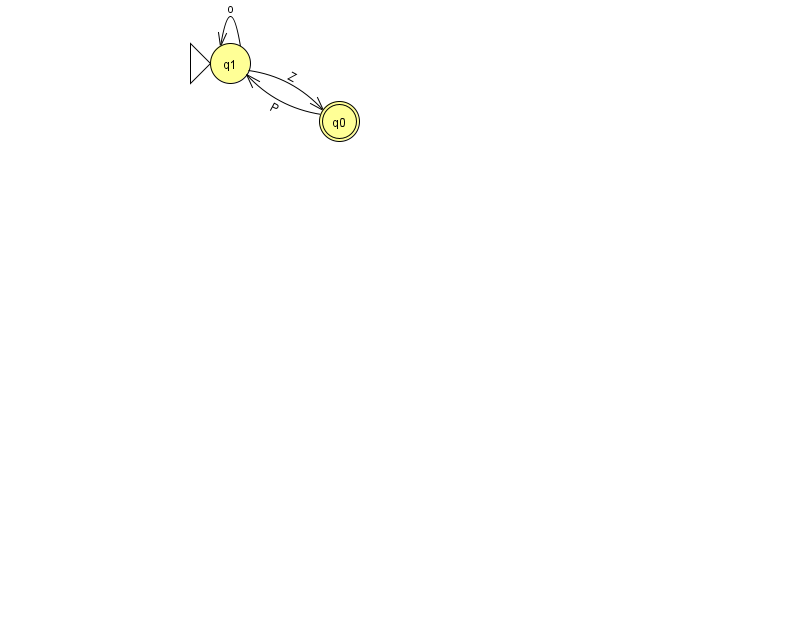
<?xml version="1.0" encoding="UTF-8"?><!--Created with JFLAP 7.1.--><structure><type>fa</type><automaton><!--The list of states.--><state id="0" name="q0"><x>339.0</x><y>108.0</y><final/></state><state id="1" name="q1"><x>230.0</x><y>50.0</y><initial/></state><!--The list of transitions.--><transition><from>0</from><to>1</to><read>P</read></transition><transition><from>1</from><to>0</to><read>Z</read></transition><transition><from>1</from><to>1</to><read>o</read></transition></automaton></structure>